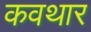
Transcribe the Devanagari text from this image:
कवथार